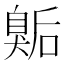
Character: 𭸫